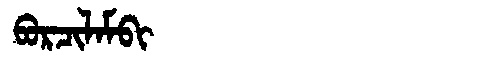
Manchu: ᠪᠣᡵᠴᡳᠯᠠᠮᠪᡳ
Romanization: BORCILAMBI